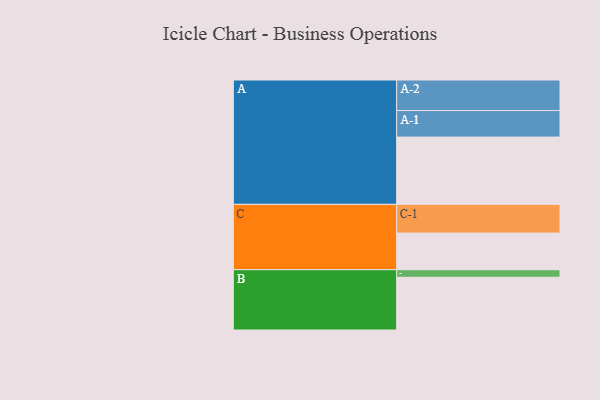
{"axis": {"x": "Segment", "y": "Value"}, "legend": ["", "A", "B", "C"], "data": [{"x": "A", "y": 588, "type": ""}, {"x": "B", "y": 461, "type": ""}, {"x": "C", "y": 320, "type": ""}, {"x": "A-1", "y": 232, "type": "A"}, {"x": "A-2", "y": 267, "type": "A"}, {"x": "B-1", "y": 66, "type": "B"}, {"x": "C-1", "y": 251, "type": "C"}]}